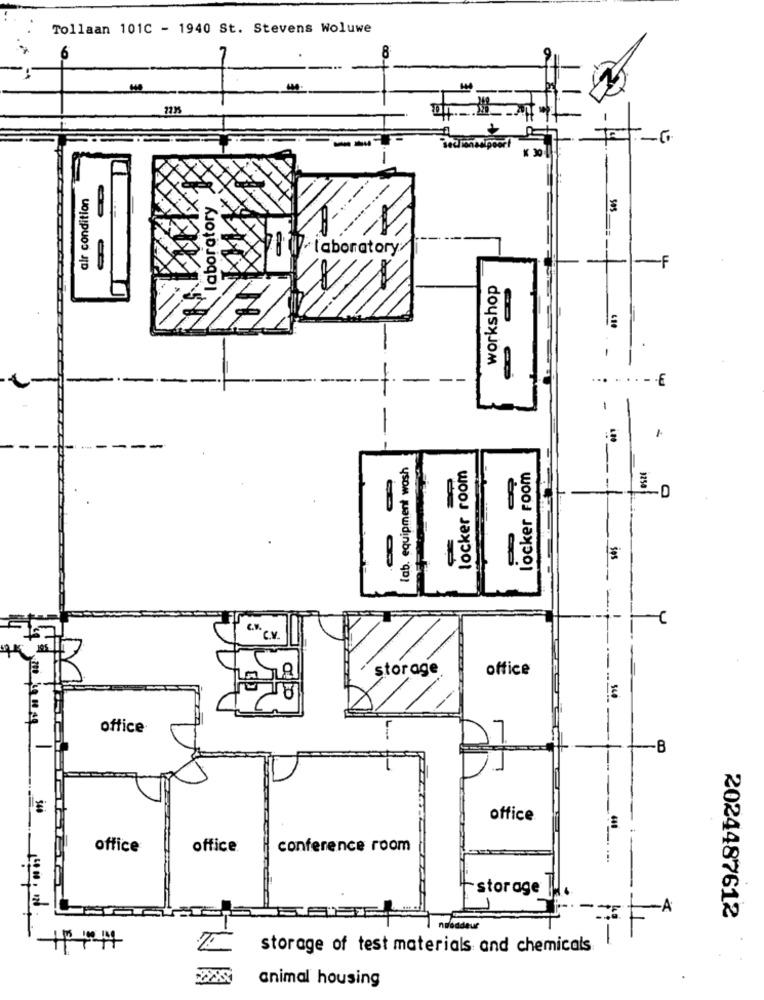
Tollaan 101C - 1940 St. Stevens Woluwe
7235
--
air condition
laboratory
ses
BW laboratory/
-1
-F
workshop
- - €
lab. equipment wash
locker room
locker room
-D
ses
C.V.
CV
storage
office
office
-- B
office
office
office
conference room
storage
-A
2024487612
storage of test materials and chemicals
animal housing